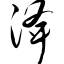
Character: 洚